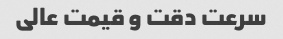
سرعت دقت و قیمت عالی